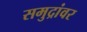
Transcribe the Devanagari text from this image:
समुद्रांवर